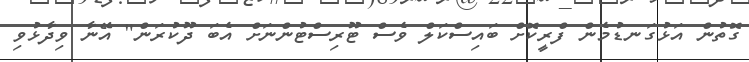
ގޮތުން އަޅުގަނޑުމެން ފްރީކޮށް ބައިސްކަލް ވެސް ޓޫރިސްޓުންނަށް އެބަ ދޫކުރަން" އޭނާ ވިދާޅުވި